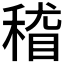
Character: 𱶓